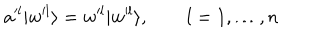
a ^ { l } | w ^ { l } \rangle = w ^ { l } | w ^ { l } \rangle , \qquad l = 1 , \ldots , n